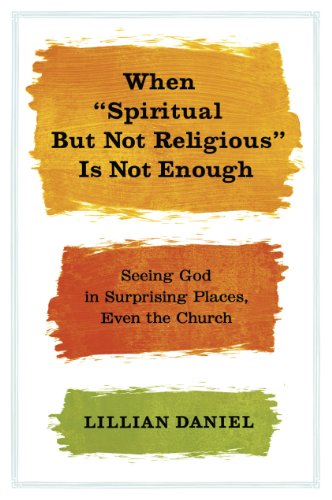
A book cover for When "Spiritual but Not Religious" Is Not Enough: Seeing God in Surprising Places, Even the Church; Lillian Daniel; Humor & Entertainment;